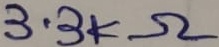
Text: 3.3KΩ